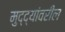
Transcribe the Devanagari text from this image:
मुद्द्यांवरील